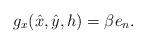
LaTeX: \begin{align*} g_x(\hat{x},\hat{y},h) = \beta e_n. \end{align*}